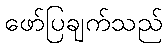
ဖော်ပြချက်သည်